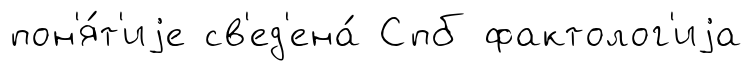
пон'я́т'иjе св'ед'ена́ Спб фактолог'иjа